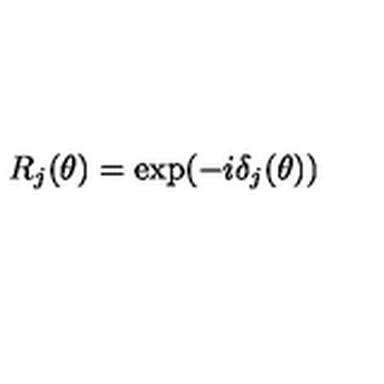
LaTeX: R _ { j } ( \theta ) = \exp ( - i \delta _ { j } ( \theta ) )